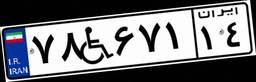
۷۸W۶۷۱۱۴